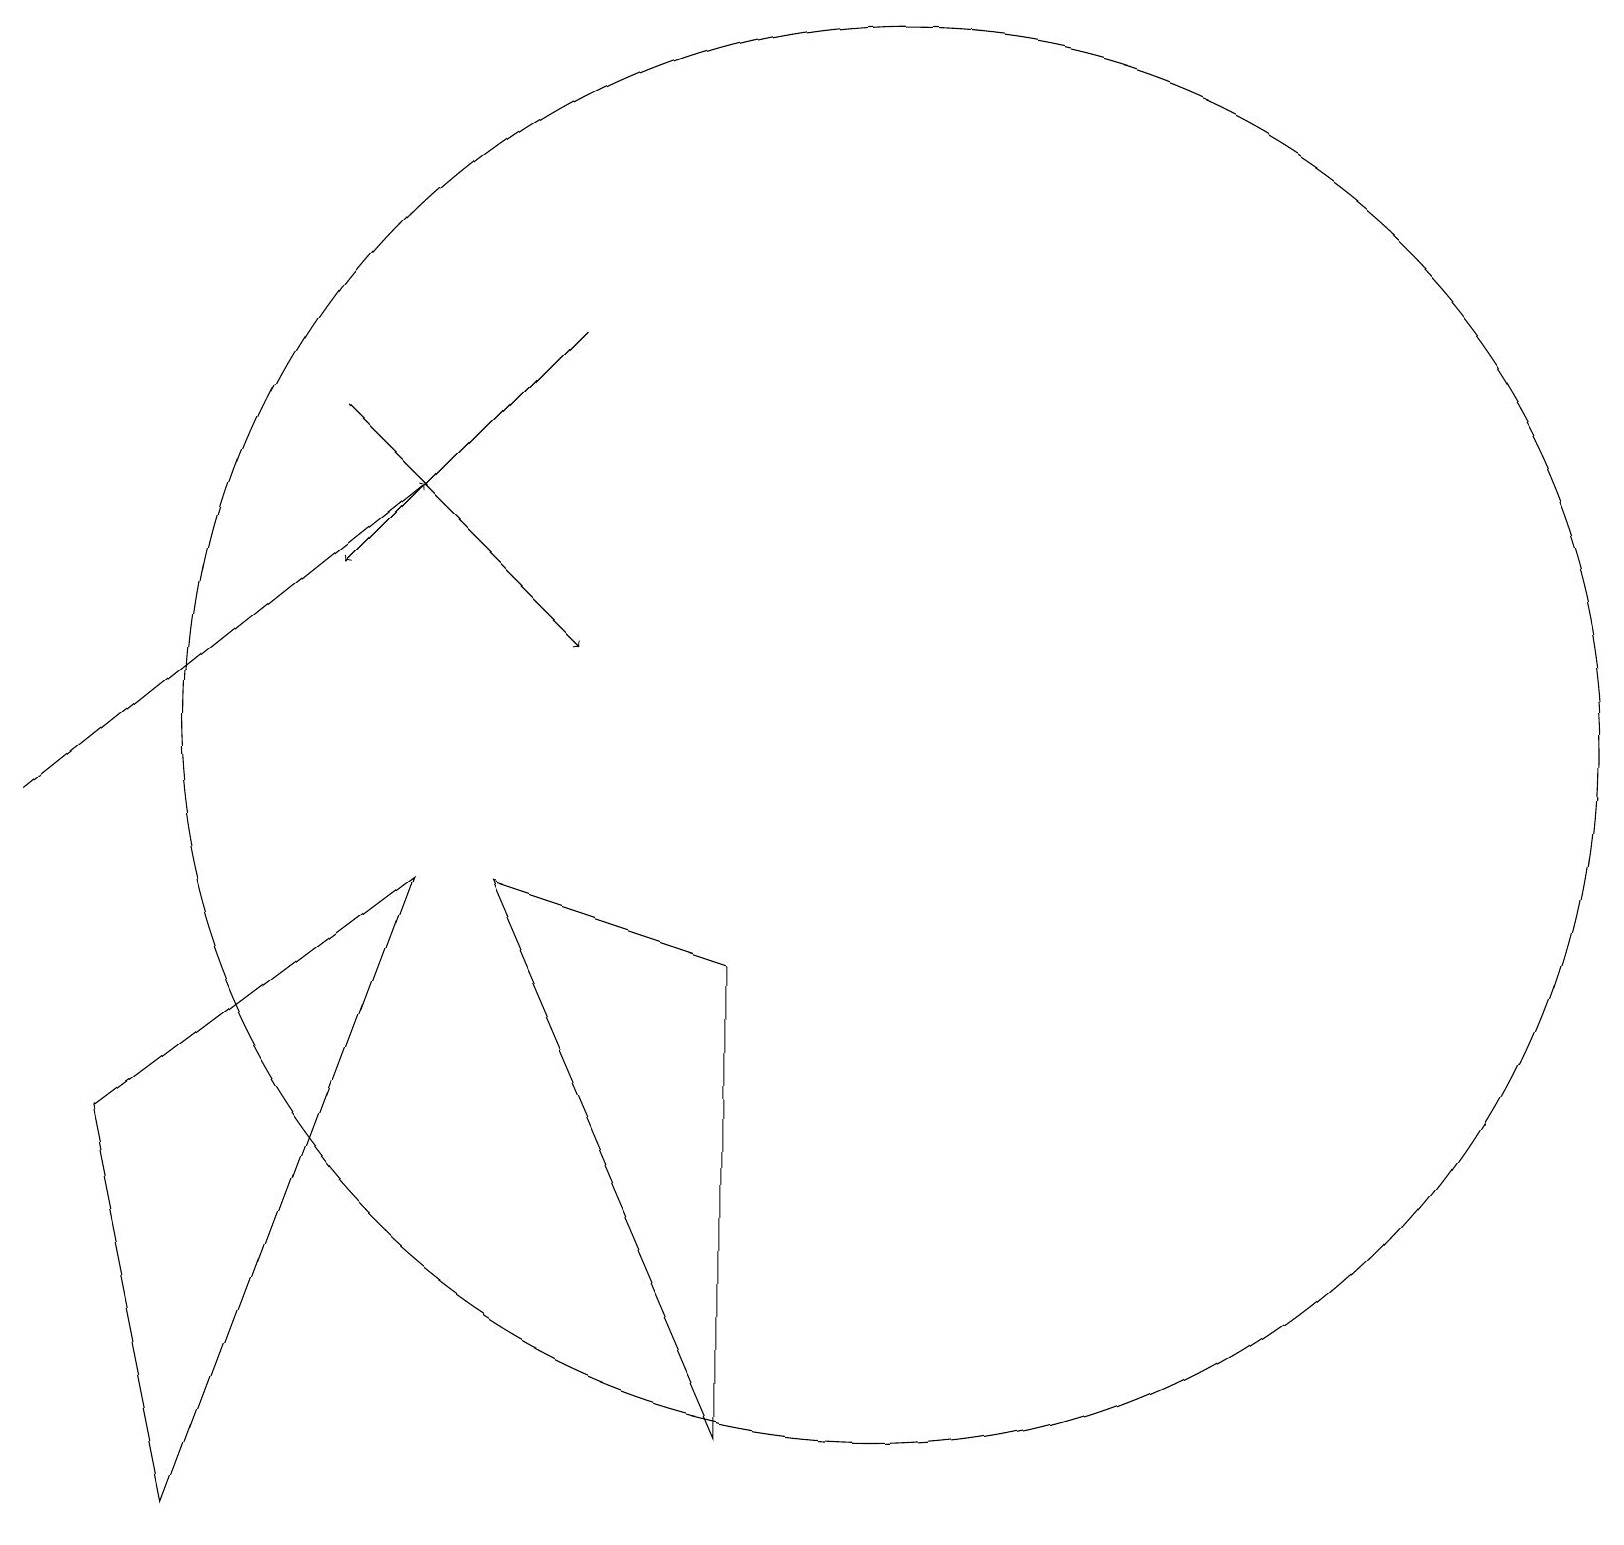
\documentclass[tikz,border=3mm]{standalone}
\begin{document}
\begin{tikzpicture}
\draw (11,11) circle (9);
\draw[->] (0,10) -- (5,14);
\draw (5,9) -- (2,1) -- (1,6) -- cycle;
\draw[->] (4,15) -- (7,12);
\draw[->] (7,16) -- (4,13);
\draw (9,8) -- (9,2) -- (6,9) -- cycle;
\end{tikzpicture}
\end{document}